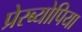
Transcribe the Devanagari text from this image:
प्रेस्ब्योपिया